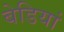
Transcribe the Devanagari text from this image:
बेडियां